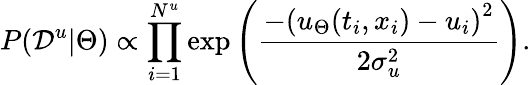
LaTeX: P(\mathcal{D}^{u}|\Theta)\propto\prod_{i=1}^{N^{u}}\mathrm{exp}\left(\frac{-\left(u_{\Theta}(t_{i},x_{i})-u_{i}\right)^{2}}{2\sigma_{u}^{2}}\right).